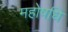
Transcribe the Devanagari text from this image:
महोषधि